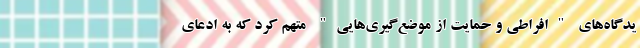
یدگاه‌های "افراطی و حمایت از موضع‌گیری‌هایی" متهم کرد که به ادعای